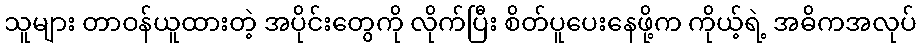
သူများ တာဝန်ယူထားတဲ့ အပိုင်းတွေကို လိုက်ပြီး စိတ်ပူပေးနေဖို့က ကိုယ့်ရဲ့ အဓိကအလုပ်